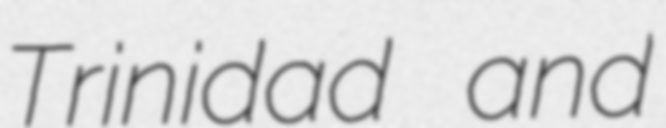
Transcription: Trinidad and